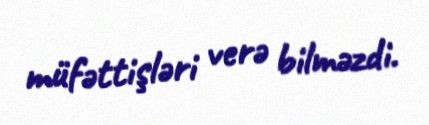
müfəttişləri verə bilməzdi.